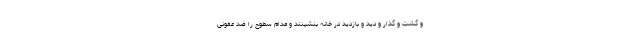
و گشت و گذار و دید و بازدید در خانه بنشینند و مدام سطوح را ضد عفونی